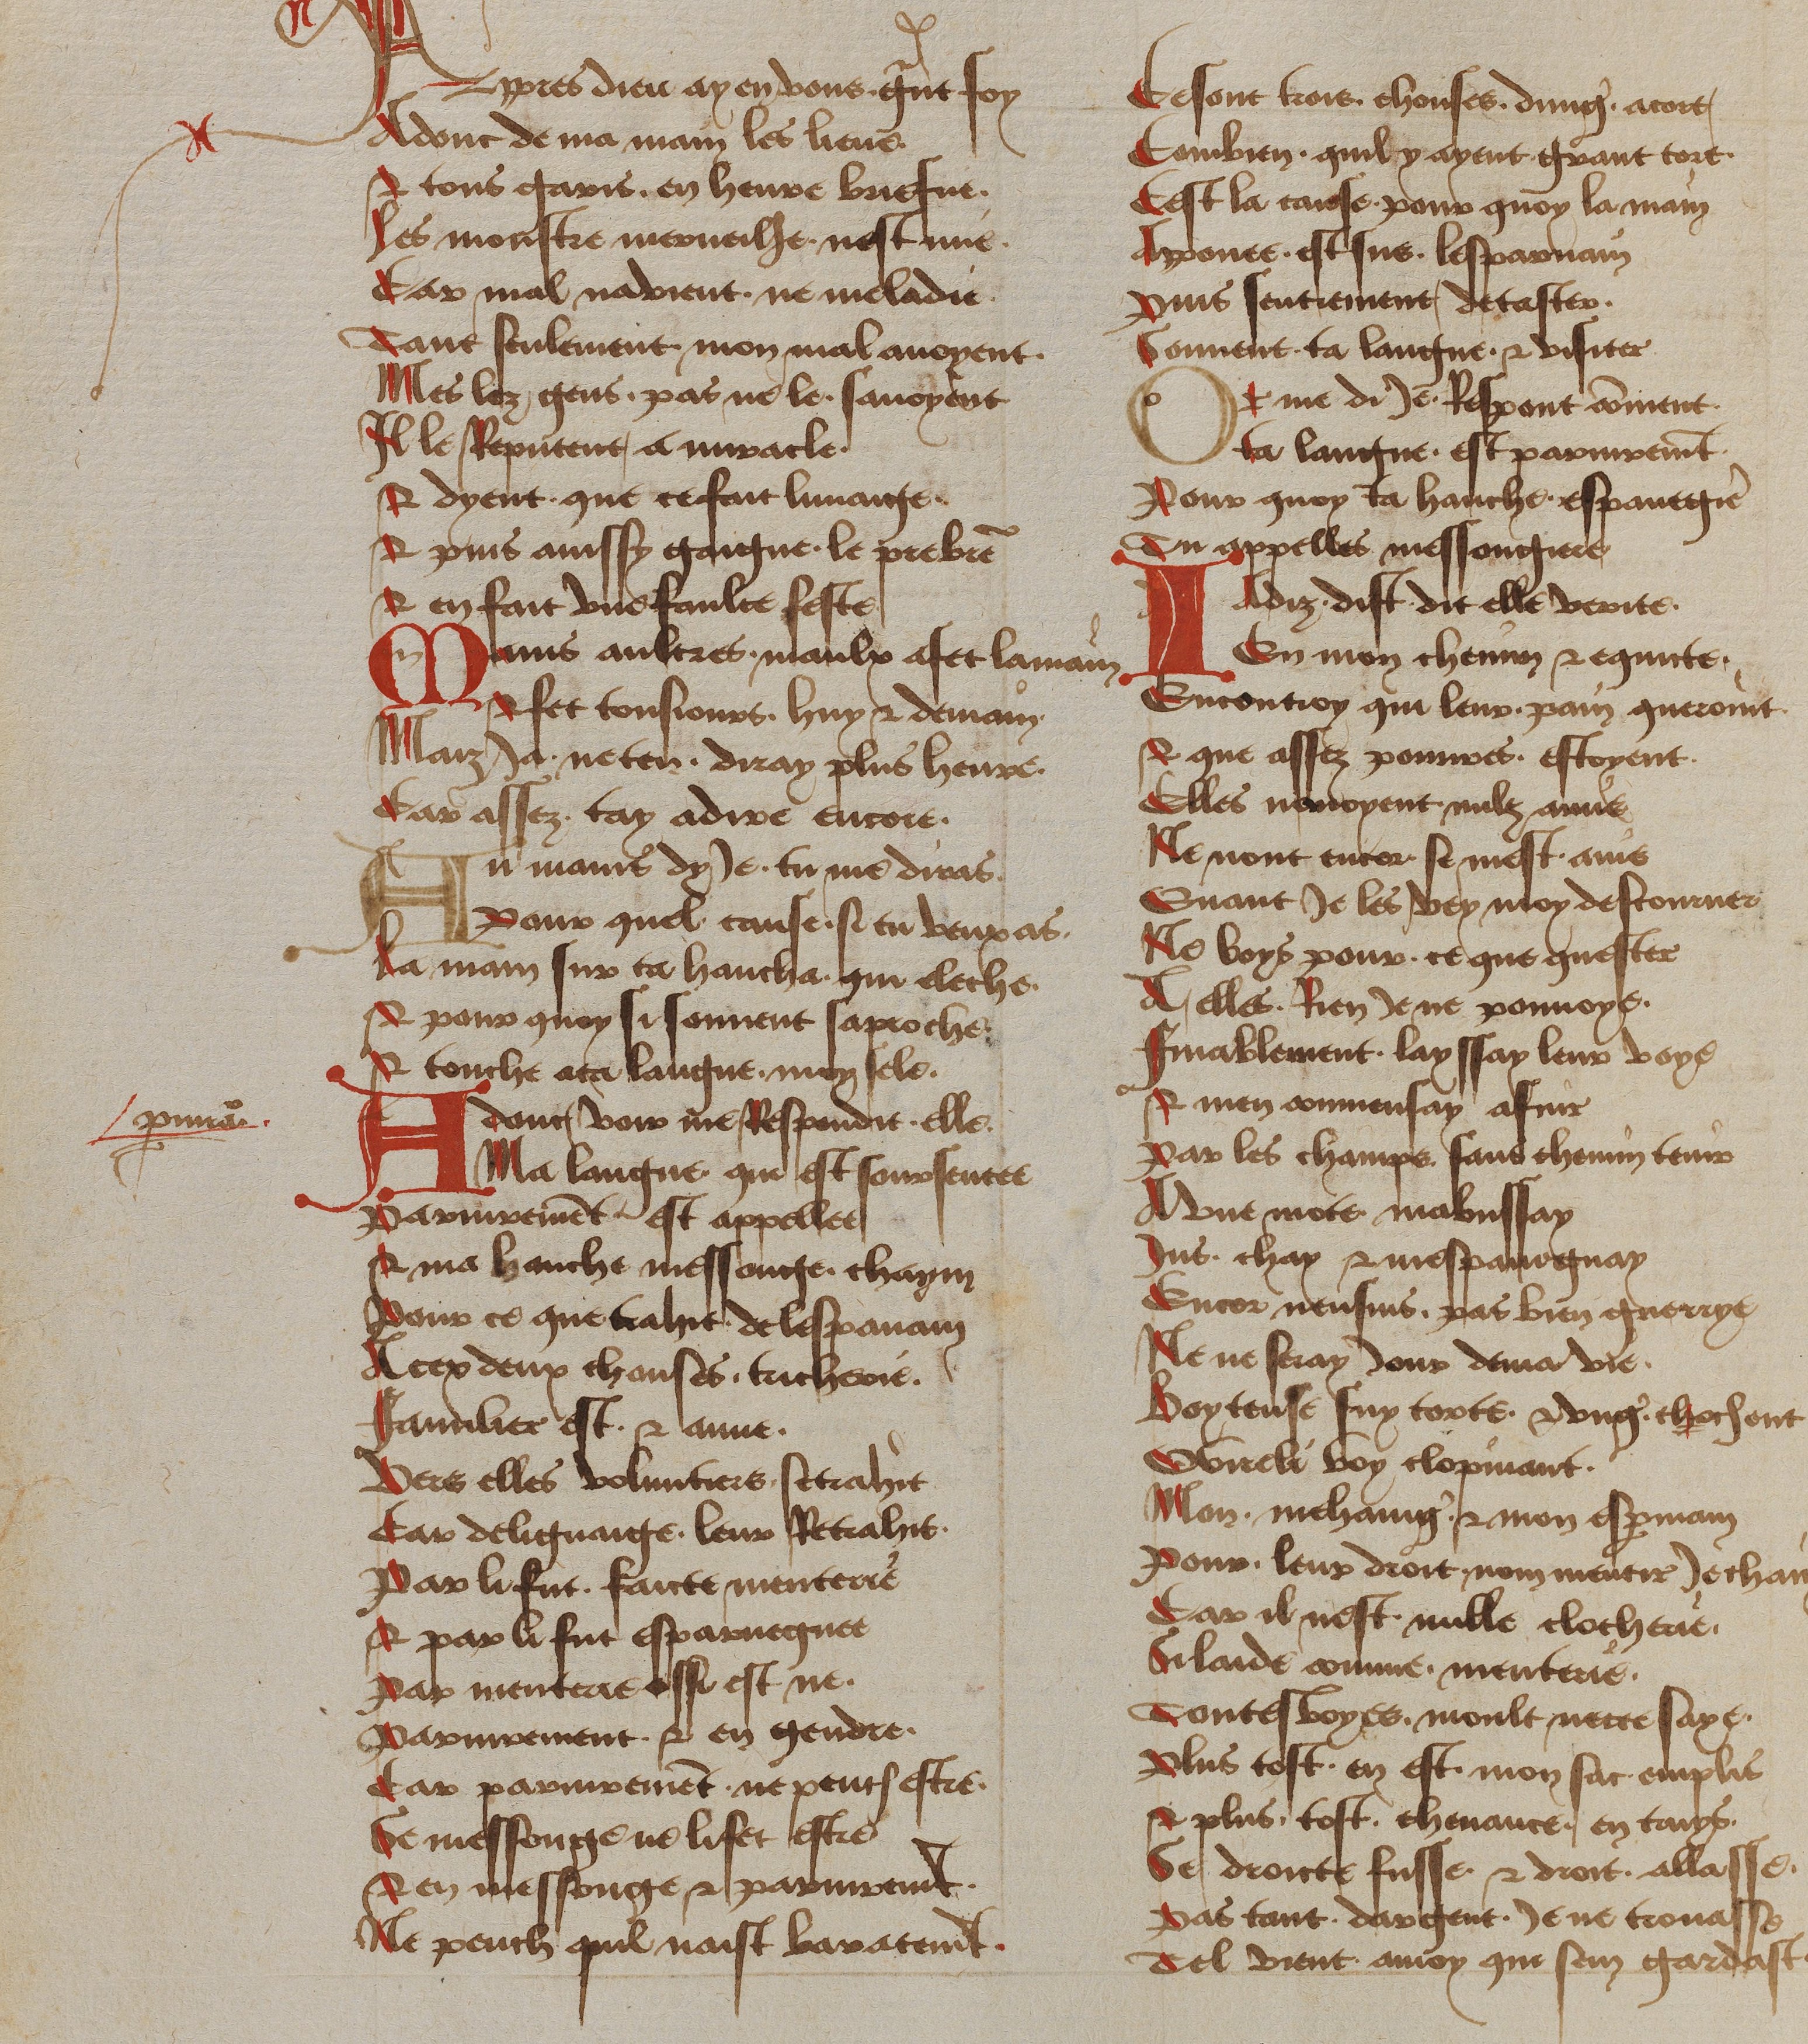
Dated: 1450–1499